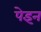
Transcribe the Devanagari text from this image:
पेइन